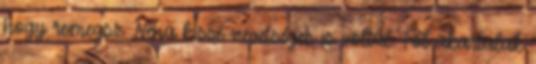
hogy remegsz. Néha kissé nevetséges is voltál. Föl akartalak